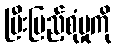
ပြီးပြည့်စုံမှုကို